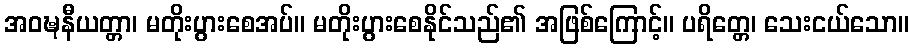
အဝဍ္ဎနီယတ္တာ၊ မတိုးပွားစေအပ်။ မတိုးပွားစေနိုင်သည်၏ အဖြစ်ကြောင့်။ ပရိတ္တေ၊ သေးငယ်သော။